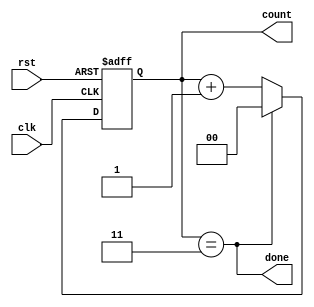
module counter #(
    parameter MAX_COUNT = 3
) (
    input wire                              clk,
    input wire                              rst,
    output reg [$clog2(MAX_COUNT+1)-1:0]    count, //Encoded count value
    output wire                             done
);

//Indicate that the counter has reached the maximum count
assign done = (count == MAX_COUNT);

always @(posedge clk or negedge rst) begin
    if (~rst) begin
        count <= 0;
    end
    else if (done) begin
        //Start the count over
        count <= 0;
    end
    else begin
        //Increment counter
        count <= count + 1;
    end
end

endmodule